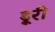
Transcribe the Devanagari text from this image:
ड्रूरी